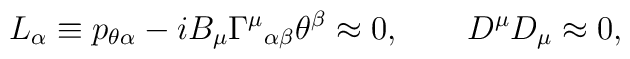
L_\alpha\equiv p_{\theta\alpha}- iB_\mu{\Gamma^\mu}_{\alpha\beta}\theta^\beta\approx 0, \qquad D^\mu D_\mu\approx0,